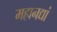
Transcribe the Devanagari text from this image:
महानद्यां